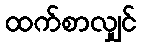
ထက်စာလျှင်